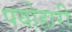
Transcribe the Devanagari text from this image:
पयोहारी